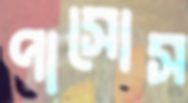
পাসোস